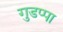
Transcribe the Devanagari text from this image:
गुडप्पा